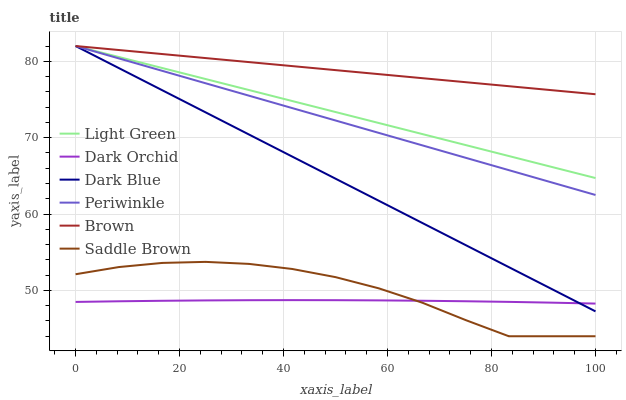
| xaxis_label | Light Green | Dark Orchid | Dark Blue | Periwinkle | Brown | Saddle Brown |
 | --- | --- | --- | --- | --- | --- | --- |
 | 0 | 82 | 48.5 | 82 | 82 | 82 | 52.1 |
 | 8.33 | 80.6 | 48.6 | 79.1 | 80.4 | 81.5 | 53.1 |
 | 16.7 | 79.1 | 48.6 | 76.2 | 78.7 | 80.9 | 53.6 |
 | 25 | 77.7 | 48.7 | 73.3 | 77.1 | 80.4 | 53.7 |
 | 33.3 | 76.2 | 48.7 | 70.4 | 75.5 | 79.9 | 53.5 |
 | 41.7 | 74.8 | 48.7 | 67.5 | 73.9 | 79.4 | 52.8 |
 | 50 | 73.4 | 48.7 | 64.6 | 72.2 | 78.8 | 51.7 |
 | 58.3 | 71.9 | 48.7 | 61.7 | 70.6 | 78.3 | 50.3 |
 | 66.7 | 70.5 | 48.6 | 58.8 | 69 | 77.8 | 48.4 |
 | 75 | 69 | 48.6 | 55.9 | 67.4 | 77.3 | 46.1 |
 | 83.3 | 67.6 | 48.5 | 53 | 65.7 | 76.7 | 44 |
 | 91.7 | 66.2 | 48.4 | 50.2 | 64.1 | 76.2 | 44 |
 | 100 | 64.7 | 48.3 | 47.3 | 62.5 | 75.7 | 44 |